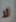
لا